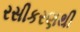
રસીકરણથી